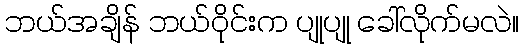
ဘယ်အချိန် ဘယ်ဝိုင်းက ပျုပျု ခေါ်လိုက်မလဲ။